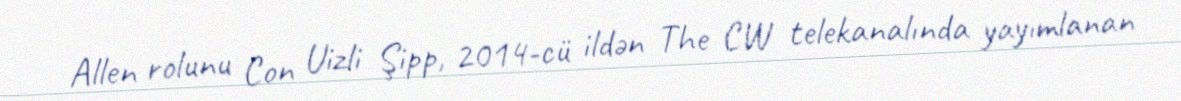
Allen rolunu Con Uizli Şipp, 2014-cü ildən The CW telekanalında yayımlanan